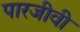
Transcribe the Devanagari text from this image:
पारजीवी